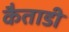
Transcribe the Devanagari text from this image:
कैताडी